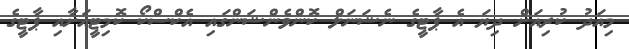
މިއަދު ކުރިއަށް ދިޔަ އެ ޕާޓީގެ ނެޝަނަލް ކޮންވެންޝަންގައި އެކްސްކޯ ކޮމިޓީއަށާއި ޕާޓީގެ